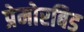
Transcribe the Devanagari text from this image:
प्रेमोरबिड